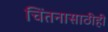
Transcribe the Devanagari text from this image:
चिंतनासाठीही